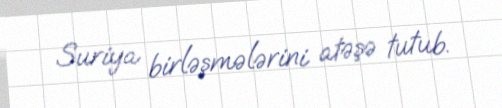
Suriya birləşmələrini atəşə tutub.